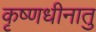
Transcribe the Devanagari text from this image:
कृष्णधीनातु